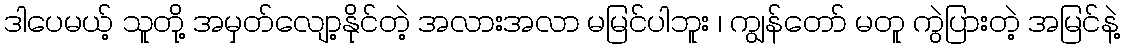
ဒါပေမယ့် သူတို့ အမှတ်လျော့နိုင်တဲ့ အလားအလာ မမြင်ပါဘူး ၊ ကျွန်တော် မတူ ကွဲပြားတဲ့ အမြင်နဲ့